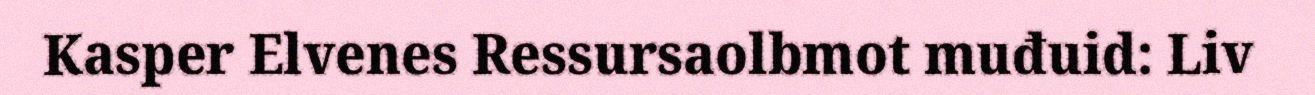
Kasper Elvenes Ressursaolbmot muđuid: Liv